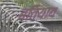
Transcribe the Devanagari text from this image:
बतियाय